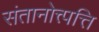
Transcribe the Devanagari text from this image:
संतानोत्त्पत्ति